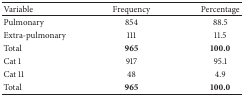
<table><thead><tr><td><b>Variable</b></td><td><b>Frequency</b></td><td><b>Percentage</b></td></tr></thead><tbody><tr><td>Pulmonary</td><td>854</td><td>88.5</td></tr><tr><td>Extra-pulmonary</td><td>111</td><td>11.5</td></tr><tr><td>Total</td><td><b>965</b></td><td><b>100.0</b></td></tr><tr><td>Cat 1</td><td>917</td><td>95.1</td></tr><tr><td>Cat 11</td><td>48</td><td>4.9</td></tr><tr><td>Total</td><td><b>965</b></td><td><b>100.0</b></td></tr></tbody></table>